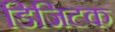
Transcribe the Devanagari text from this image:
डिजिटक